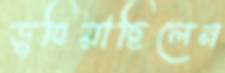
ডুবিয়াছিলেন